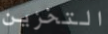
التخزين